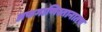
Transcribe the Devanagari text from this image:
अफगाणिस्तानातच